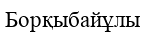
Борқыбайұлы